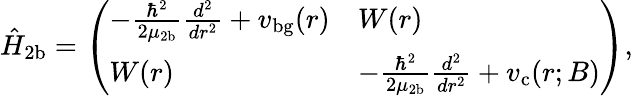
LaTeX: \hat{H}_{\mathrm{2b}}=\left(\begin{array}{ll}{-\frac{\hbar^{2}}{2\mu_{2\mathrm{b}}}\frac{d^{2}}{dr^{2}}+v_{\mathrm{bg}}(r)}&{W(r)}\\ {W(r)}&{-\frac{\hbar^{2}}{2\mu_{2\mathrm{b}}}\frac{d^{2}}{dr^{2}}+v_{\mathrm{c}}(r;B)}\end{array}\right),